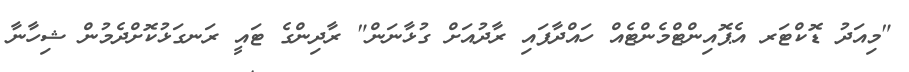
"މިއަދު ޑޮކްޓަރ އެޕޮއިންޓްމެންޓެއް ހައްދާފައި ރާދުއަށް ގުޅާނަން" ރާދިންގެ ޓައީ ރަނގަޅުކޮށްދެމުން ޝިހާނާ